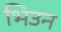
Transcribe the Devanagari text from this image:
भिउन